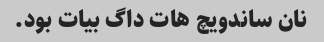
نان ساندویچ هات داگ بیات بود.